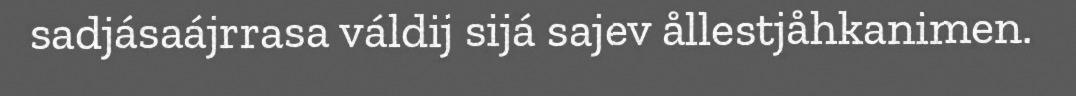
sadjásaájrrasa váldij sijá sajev ållestjåhkanimen.